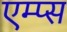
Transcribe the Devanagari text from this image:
एम्प्स